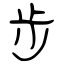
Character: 步